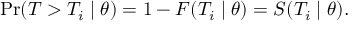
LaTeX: \operatorname* { P r } ( T > T _ { i } \mid \theta ) = 1 - F ( T _ { i } \mid \theta ) = S ( T _ { i } \mid \theta ) .